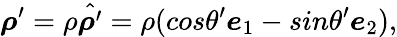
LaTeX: \boldsymbol{\rho}^{\prime}=\rho\hat{\boldsymbol{\rho}^{\prime}}=\rho(cos\theta^{\prime}\boldsymbol{e}_{1}-sin\theta^{\prime}\boldsymbol{e}_{2}),